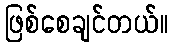
ဖြစ်စေချင်တယ်။